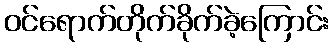
ဝင်ရောက်တိုက်ခိုက်ခဲ့ကြောင်း